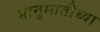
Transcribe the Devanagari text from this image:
भानुमातीच्या